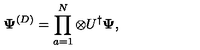
{ \bf \Psi } ^ { ( D ) } = \prod _ { a = 1 } ^ { N } \otimes U ^ { \dagger } { \bf \Psi } ,